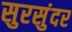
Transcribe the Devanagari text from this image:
सुरसुंदर